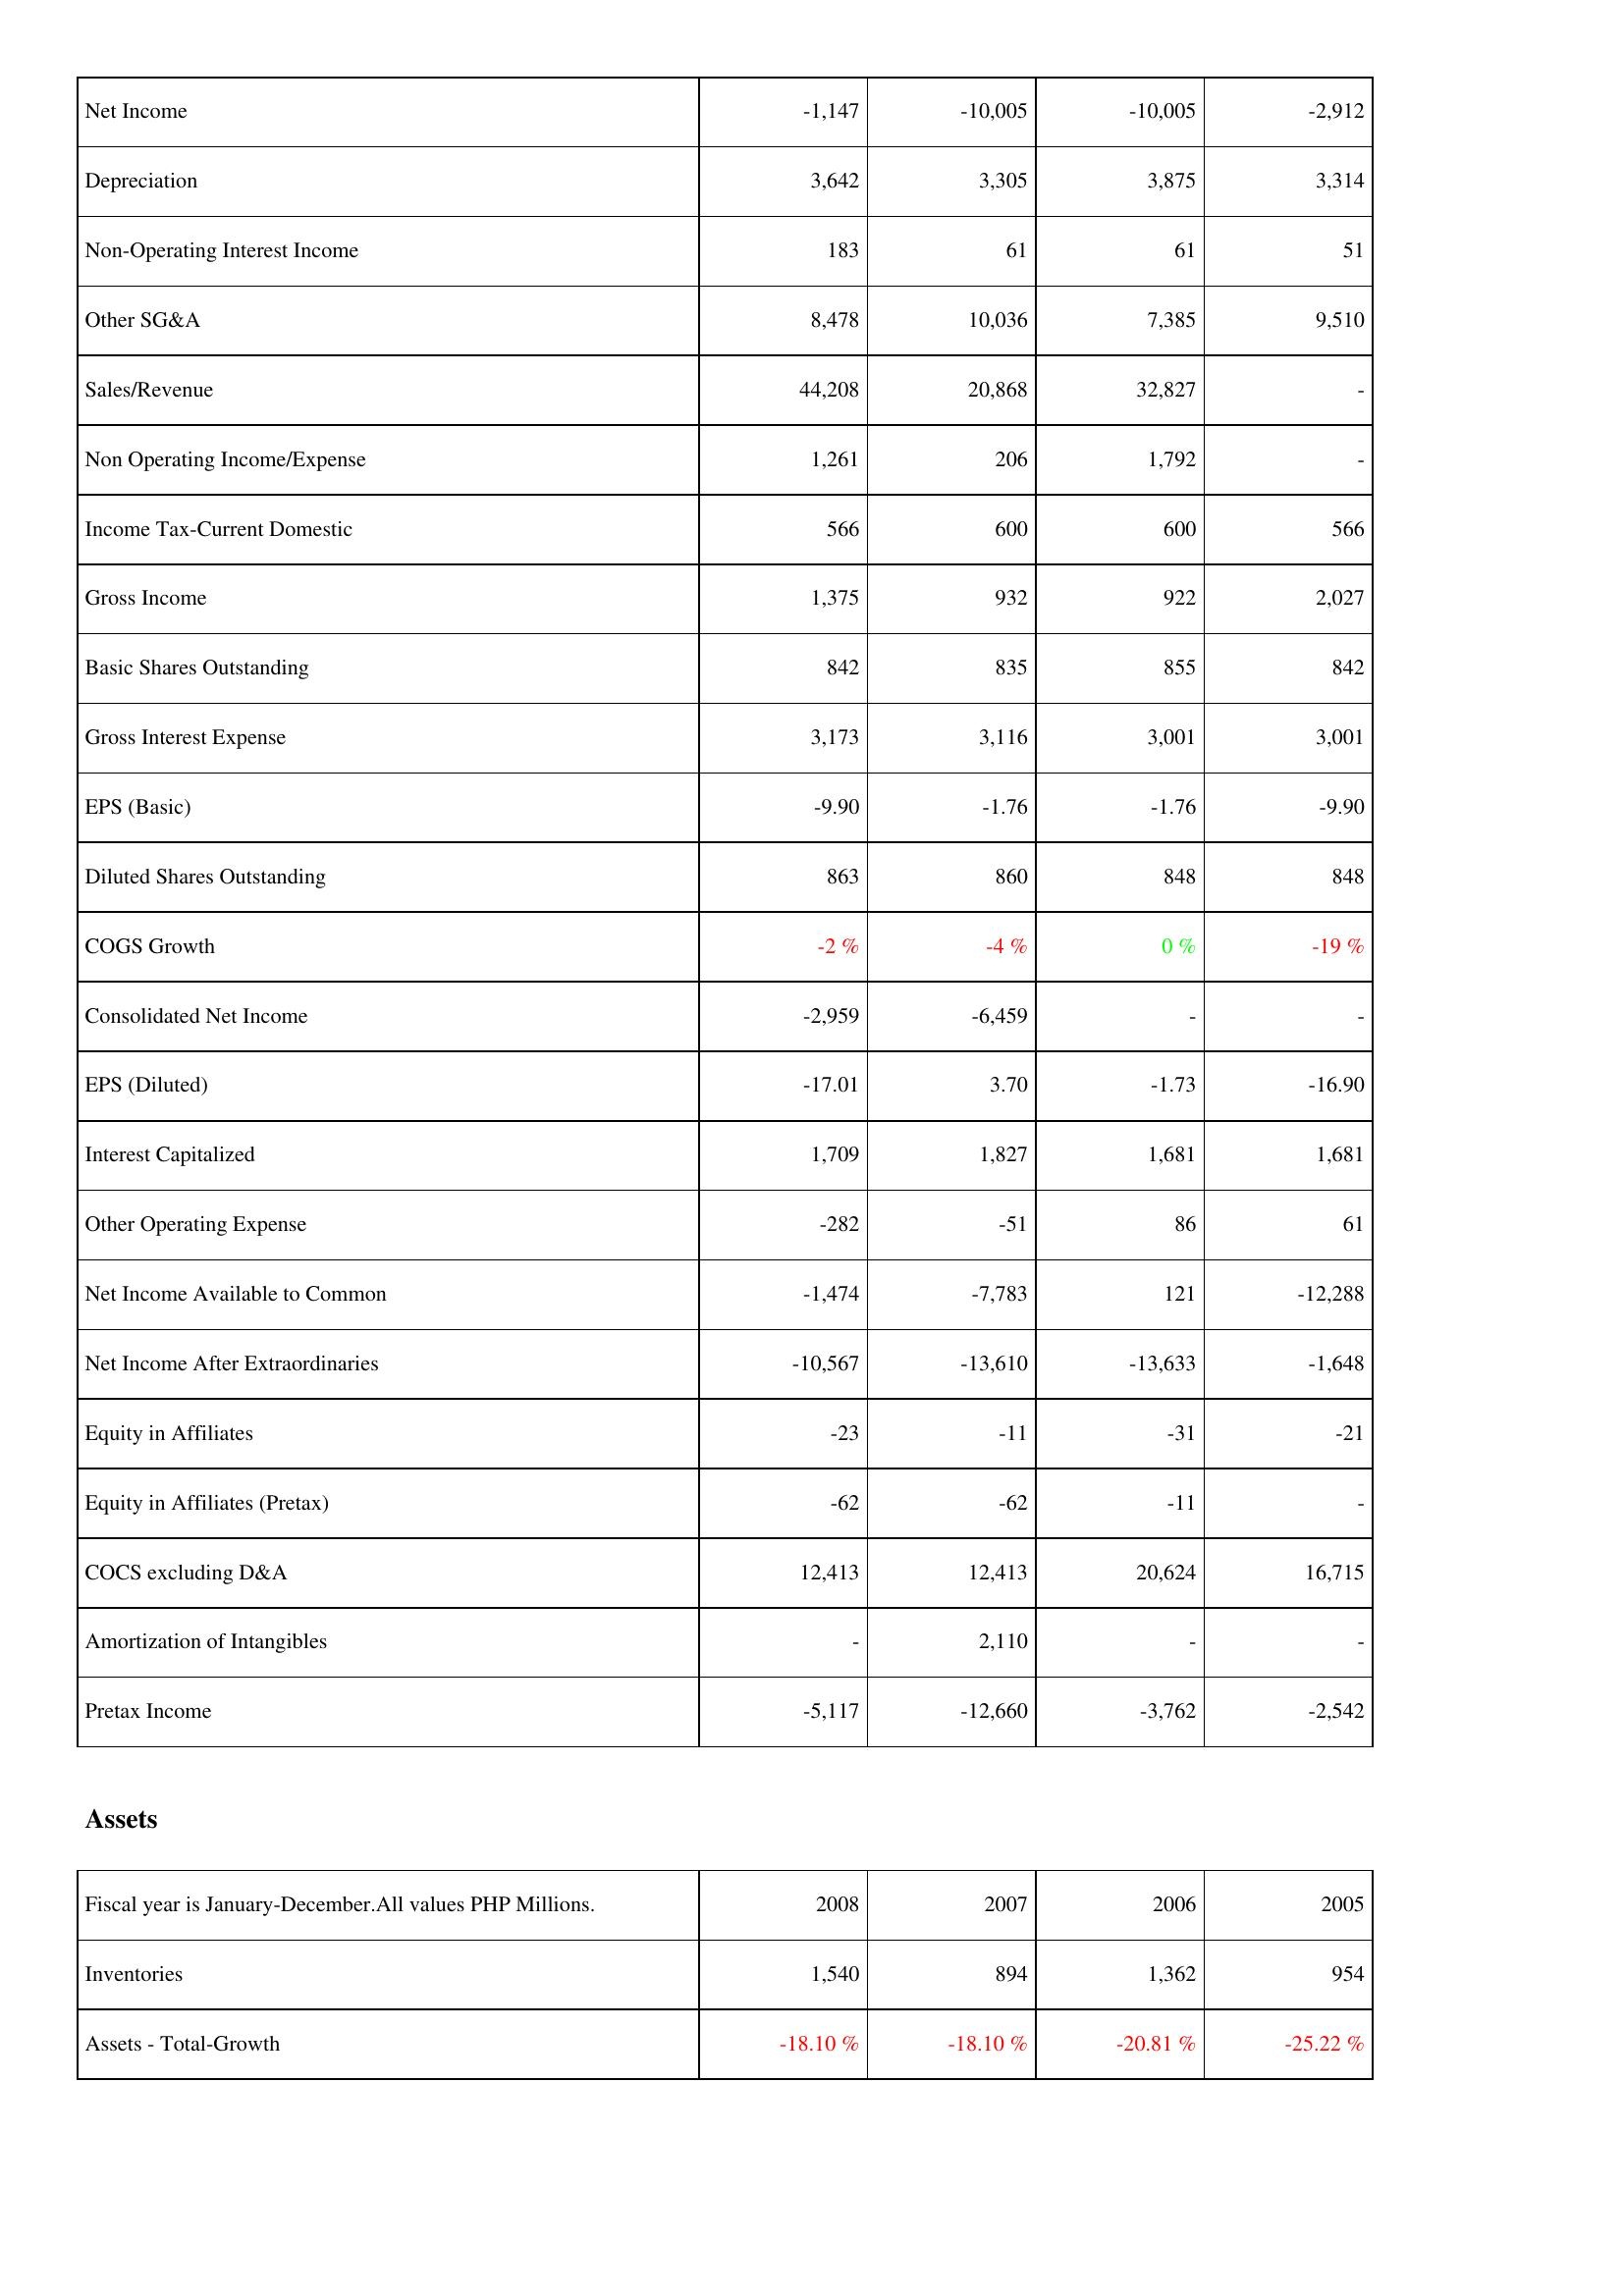
2008: Income Statement: Net Income: -1,147
Depreciation: 3,642
Non-Operating Interest Income: 183
Other SG&A: 8,478
Sales/Revenue: 44,208
Non Operating Income/Expense: 1,261
Income Tax-Current Domestic: 566
Gross Income: 1,375
Basic Shares Outstanding: 842
Gross Interest Expense: 3,173
EPS (Basic): -9.90
Diluted Shares Outstanding: 863
COGS Growth: -2 %
Consolidated Net Income: -2,959
EPS (Diluted): -17.01
Interest Capitalized: 1,709
Other Operating Expense: -282
Net Income Available to Common: -1,474
Net Income After Extraordinaries: -10,567
Equity in Affiliates: -23
Equity in Affiliates (Pretax): -62
COCS excluding D&A: 12,413
Amortization of Intangibles: -
Pretax Income: -5,117
Assets: Inventories: 1,540
Assets - Total-Growth: -18.10 %
2007: Income Statement: Net Income: -10,005
Depreciation: 3,305
Non-Operating Interest Income: 61
Other SG&A: 10,036
Sales/Revenue: 20,868
Non Operating Income/Expense: 206
Income Tax-Current Domestic: 600
Gross Income: 932
Basic Shares Outstanding: 835
Gross Interest Expense: 3,116
EPS (Basic): -1.76
Diluted Shares Outstanding: 860
COGS Growth: -4 %
Consolidated Net Income: -6,459
EPS (Diluted): 3.70
Interest Capitalized: 1,827
Other Operating Expense: -51
Net Income Available to Common: -7,783
Net Income After Extraordinaries: -13,610
Equity in Affiliates: -11
Equity in Affiliates (Pretax): -62
COCS excluding D&A: 12,413
Amortization of Intangibles: 2,110
Pretax Income: -12,660
Assets: Inventories: 894
Assets - Total-Growth: -18.10 %
2006: Income Statement: Net Income: -10,005
Depreciation: 3,875
Non-Operating Interest Income: 61
Other SG&A: 7,385
Sales/Revenue: 32,827
Non Operating Income/Expense: 1,792
Income Tax-Current Domestic: 600
Gross Income: 922
Basic Shares Outstanding: 855
Gross Interest Expense: 3,001
EPS (Basic): -1.76
Diluted Shares Outstanding: 848
COGS Growth: 0 %
Consolidated Net Income: -
EPS (Diluted): -1.73
Interest Capitalized: 1,681
Other Operating Expense: 86
Net Income Available to Common: 121
Net Income After Extraordinaries: -13,633
Equity in Affiliates: -31
Equity in Affiliates (Pretax): -11
COCS excluding D&A: 20,624
Amortization of Intangibles: -
Pretax Income: -3,762
Assets: Inventories: 1,362
Assets - Total-Growth: -20.81 %
2005: Income Statement: Net Income: -2,912
Depreciation: 3,314
Non-Operating Interest Income: 51
Other SG&A: 9,510
Sales/Revenue: -
Non Operating Income/Expense: -
Income Tax-Current Domestic: 566
Gross Income: 2,027
Basic Shares Outstanding: 842
Gross Interest Expense: 3,001
EPS (Basic): -9.90
Diluted Shares Outstanding: 848
COGS Growth: -19 %
Consolidated Net Income: -
EPS (Diluted): -16.90
Interest Capitalized: 1,681
Other Operating Expense: 61
Net Income Available to Common: -12,288
Net Income After Extraordinaries: -1,648
Equity in Affiliates: -21
Equity in Affiliates (Pretax): -
COCS excluding D&A: 16,715
Amortization of Intangibles: -
Pretax Income: -2,542
Assets: Inventories: 954
Assets - Total-Growth: -25.22 %